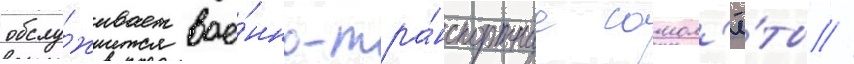
обслу́живает вое́нно-тра́нспортные самол'ё́ты //